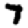
Digit: 7